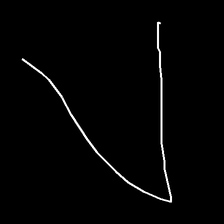
Glyph: region